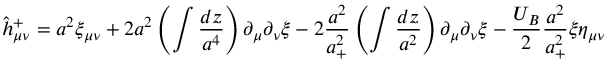
\hat { h } _ { \mu \nu } ^ { + } = a ^ { 2 } \xi _ { \mu \nu } + 2 a ^ { 2 } \left( \int \frac { d z } { a ^ { 4 } } \right) \partial _ { \mu } \partial _ { \nu } \xi - 2 \frac { a ^ { 2 } } { a _ { + } ^ { 2 } } \left( \int \frac { d z } { a ^ { 2 } } \right) \partial _ { \mu } \partial _ { \nu } \xi - \frac { U _ { B } } { 2 } \frac { a ^ { 2 } } { a _ { + } ^ { 2 } } \xi \eta _ { \mu \nu }